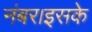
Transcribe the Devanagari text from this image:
नंबर।इसके